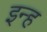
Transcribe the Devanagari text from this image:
इन्ह